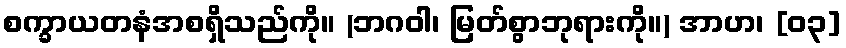
စက္ခာယတနံအစရှိသည်ကို။ (ဘဂဝါ၊ မြတ်စွာဘုရားကို။) အာဟ၊ [၀၃]